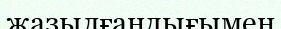
жазылғандығымен